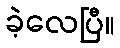
ခဲ့လေပြီ။